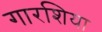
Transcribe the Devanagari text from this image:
गारशिया